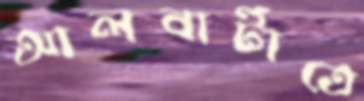
আলবার্টাতে